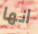
انها